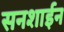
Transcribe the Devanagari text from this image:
सनशाईन